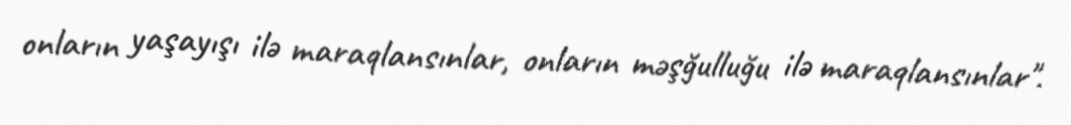
onların yaşayışı ilə maraqlansınlar, onların məşğulluğu ilə maraqlansınlar".